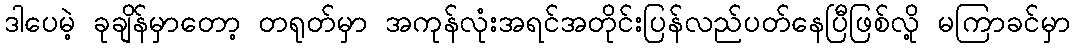
ဒါပေမဲ့ ခုချိန်မှာတော့ တရုတ်မှာ အကုန်လုံးအရင်အတိုင်းပြန်လည်ပတ်နေပြီဖြစ်လို့ မကြာခင်မှာ